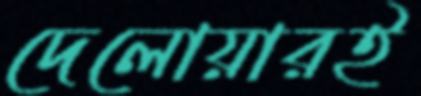
দেলোয়ারই